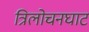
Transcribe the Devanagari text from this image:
त्रिलोचनघाट